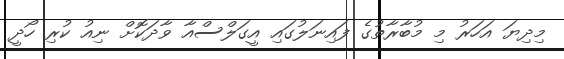
މިިދިޔަ އަހަރު މި މުބާރާތުގެ ފައިނަލުގައި އީގަލްސްއާ ވާދަކޮށް ނިއު ކުރި ހޯދީ